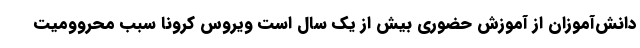
دانش‌آموزان از آموزش حضوری بیش از یک سال است ویروس کرونا سبب محروومیت